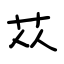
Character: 苁